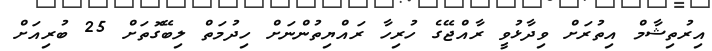
އިރުތިޝާމް އިތުރަށް ވިދާޅުވީ ރާއްޖޭގެ ހުރިހާ ރައްޔިތުންނަށް ހިދުމަތް ލިބޭގޮތަށް 25 ބުރިއަށް